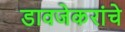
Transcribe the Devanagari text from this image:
डावजेकरांचे